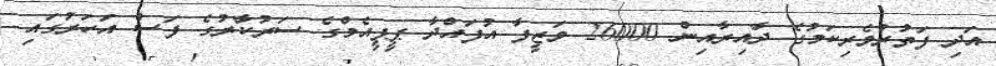
އަދި ފަތުރުވެރިކަމުގެ ދާއިރާއިން 26000 ވަޒީފާ އުފައްދާ ޕީޕީއެމްގެ ސަރުކާރުގެ ފަސް އަހަރުގައި